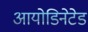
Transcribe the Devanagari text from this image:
आयोडिनेटेड